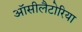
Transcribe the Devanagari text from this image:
ऑसीलैटोरिया